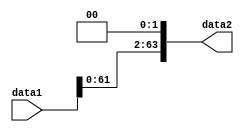
module shift2(input [63:0] data1 , output [63:0] data2);
	wire [1:0] a = 2'b00;
	assign data2 = {data1[63:0] , a};
endmodule